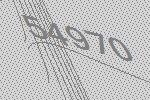
54970